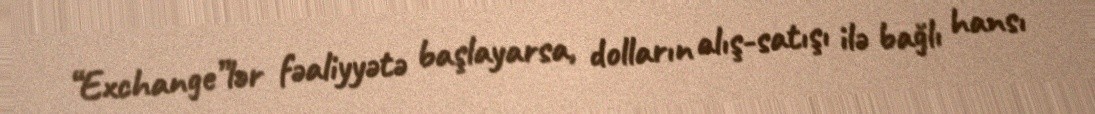
“Exchange”lər fəaliyyətə başlayarsa, dolların alış-satışı ilə bağlı hansı